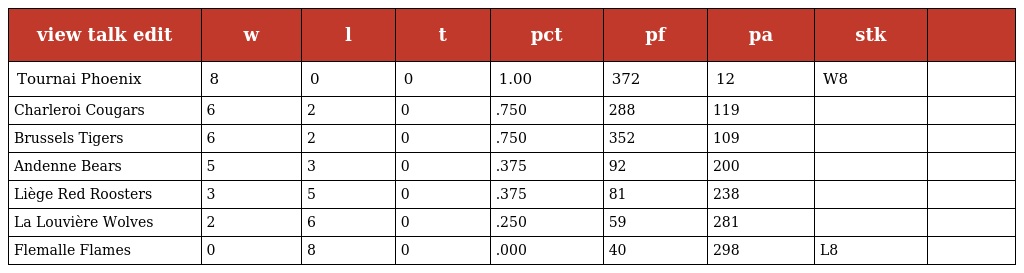
| view talk edit | w | l | t | pct | pf | pa | stk |  |
 | --- | --- | --- | --- | --- | --- | --- | --- | --- |
 | Tournai Phoenix | 8 | 0 | 0 | 1.00 | 372 | 12 | W8 |  |
 | Charleroi Cougars | 6 | 2 | 0 | .750 | 288 | 119 |  |  |
 | Brussels Tigers | 6 | 2 | 0 | .750 | 352 | 109 |  |  |
 | Andenne Bears | 5 | 3 | 0 | .375 | 92 | 200 |  |  |
 | Liège Red Roosters | 3 | 5 | 0 | .375 | 81 | 238 |  |  |
 | La Louvière Wolves | 2 | 6 | 0 | .250 | 59 | 281 |  |  |
 | Flemalle Flames | 0 | 8 | 0 | .000 | 40 | 298 | L8 |  |